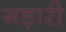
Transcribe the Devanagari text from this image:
गड़ारी